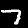
Digit: 7